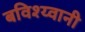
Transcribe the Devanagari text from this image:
बविश्य्वानी